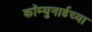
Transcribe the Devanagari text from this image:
कॉम्युनार्डच्या